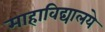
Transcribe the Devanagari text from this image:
माहाविद्यालये